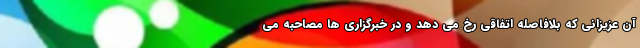
آن عزیزانی که بلافاصله اتفاقی رخ می دهد و در خبرگزاری ها مصاحبه می